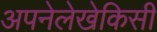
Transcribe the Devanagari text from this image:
अपनेलेखेकिसी